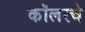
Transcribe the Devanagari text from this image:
कॉलरचे